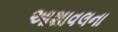
આશાવલના